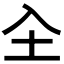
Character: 𭍺